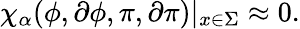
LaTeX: \chi_{\alpha}(\phi,\partial\phi,\pi,\partial\pi)|_{x\in\Sigma}\approx 0.